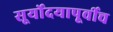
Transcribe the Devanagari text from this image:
सूर्योदयापूर्वीच